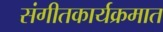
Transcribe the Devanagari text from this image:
संगीतकार्यक्रमात